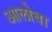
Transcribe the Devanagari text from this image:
आलोबा